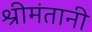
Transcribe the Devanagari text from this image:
श्रीमंतानी